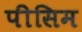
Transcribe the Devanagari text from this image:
पीसिम